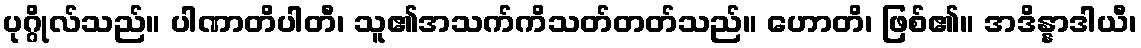
ပုဂ္ဂိုလ်သည်။ ပါဏာတိပါတီ၊ သူ၏အသက်ကိသတ်တတ်သည်။ ဟောတိ၊ ဖြစ်၏။ အဒိန္နာဒါယီ၊